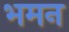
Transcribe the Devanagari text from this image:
भमन